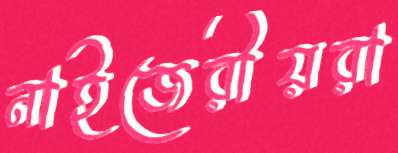
নাইজেরীয়রা